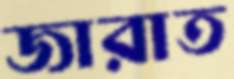
জারাত